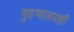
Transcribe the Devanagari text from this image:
मुद्रणालयही